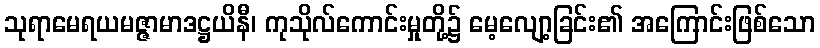
သုရာမေရယမဇ္ဇာမာဒဋ္ဌယိနီ၊ ကုသိုလ်ကောင်းမှုတို့၌ မေ့လျော့ခြင်း၏ အကြောင်းဖြစ်သော